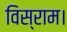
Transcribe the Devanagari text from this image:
विस्राम।